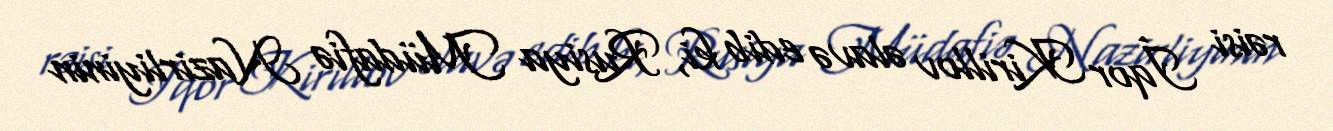
rəisi İqor Kirillov əlavə edib ki, Rusiya Müdafiə Nazirliyinin